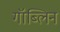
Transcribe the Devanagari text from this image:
गॉब्लिन